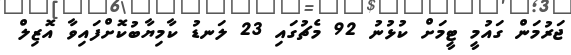
ޖަރުމަން ގައުމީ ޓީމަށް ކުޅުނު 92 މެޗުގައި 23 ލަނޑު ކާމިޔާބުކޮށްފައިވާ އޮޒިލް